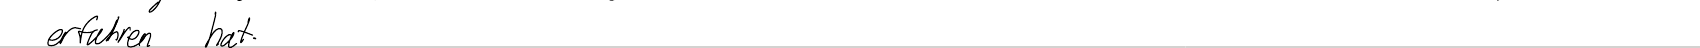
erfahren hat.